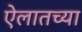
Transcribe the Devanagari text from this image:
ऐलातच्या